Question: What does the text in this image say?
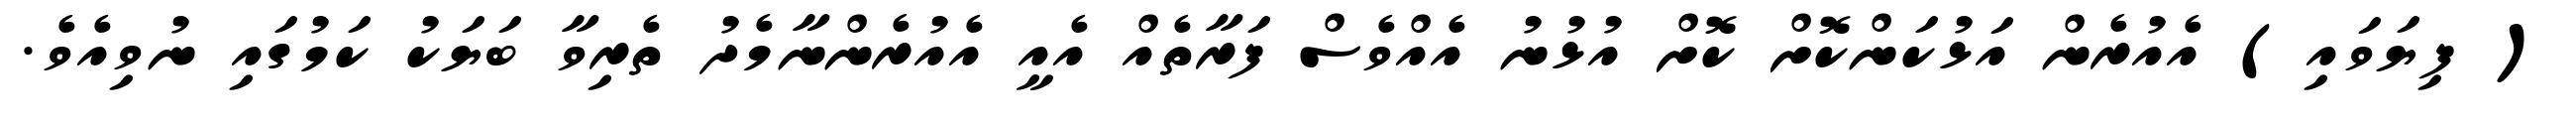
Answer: ( ފިޔަވައި) އެއުރެން އަޅުކަންކޮށް ކޮށް އުޅުނު އެއްވެސް ފަރާތެއް އެއީ އެއުރެންނާމެދު ތެރިވާ ބަޔަކު ކަމުގައި ނުވިއެވެ.